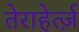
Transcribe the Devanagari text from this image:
तेराहेर्त्ज़